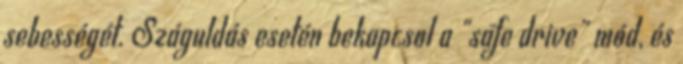
sebességét. Száguldás esetén bekapcsol a "safe drive" mód, és